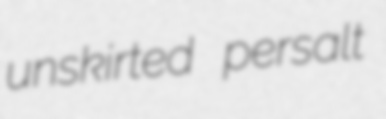
unskirted persalt